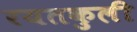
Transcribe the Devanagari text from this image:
रयतकुली